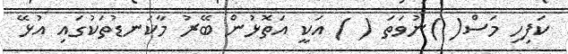
ކަފިހި މަސް( )ނުވަތަ ( ) އަކީ އަތޮޅުން ބޭރު މާކަނޑުތަކުގައި އުޅޭ